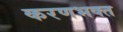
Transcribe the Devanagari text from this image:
करणभक्त